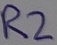
Text: R2